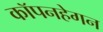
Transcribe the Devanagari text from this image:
कॉपनहेगन